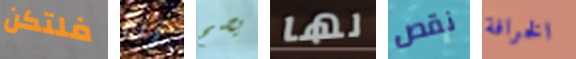
فلتكن زلة يصح لها نقص الخرافة